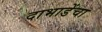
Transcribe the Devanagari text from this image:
दाभाडेंचा